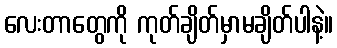
လေးတာတွေကို ကုတ်ချိတ်မှာမချိတ်ပါနဲ့။